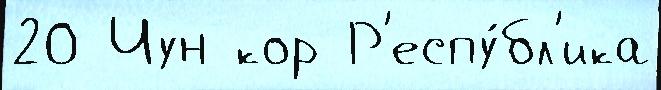
20 Чун кор Р'еспу́бл'ика